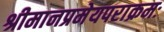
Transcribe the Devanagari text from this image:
श्रीमानप्रमेयपराक्रमः